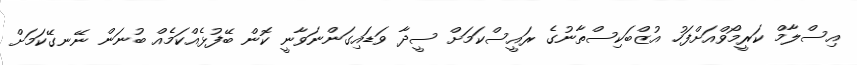
އިސްލާމް ކަރީމޯވްއަށްފަހު އުޒްބަކިސްތާނުގެ ރައީސްކަމަށް ސީދާ ވަޑައިގަންނަވާނީ ކޮން ބޭފުޅެއްކަމެއް ބުނަން ނޭނގޭކަމަށް